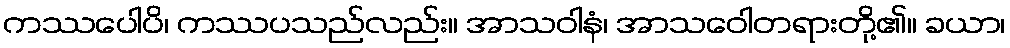
ကဿပေါပိ၊ ကဿပသည်လည်း။ အာသဝါနံ၊ အာသဝေါတရားတို့၏။ ခယာ၊